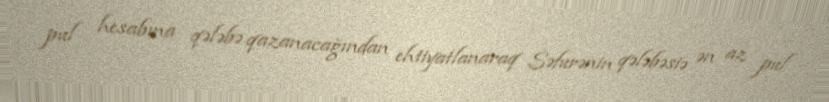
pul hesabına qələbə qazanacağından ehtiyatlanaraq Səfurənin qələbəsiə ən az pul